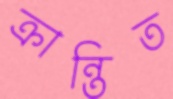
ক্রান্তিত